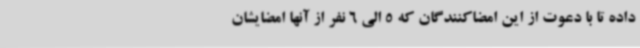
داده تا با دعوت از این امضاکنندگان که 5 الی 6 نفر از آنها امضایشان